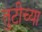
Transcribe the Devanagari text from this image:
तुटीच्या